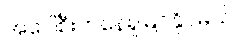
အပေါ်စီးကနေရှုမြင်နိုင်မယ်။